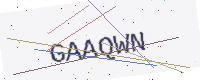
Text: GAAQWN